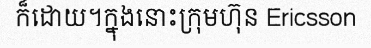
ក៏ដោយ។ក្នុងនោះក្រុមហ៊ុន Ericsson